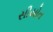
સીયોત